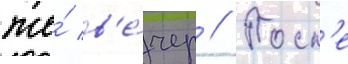
же́ в'е́чер // Посл'е